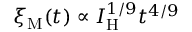
\xi _ { \mathrm { M } } ( t ) \propto I _ { \mathrm { H } } ^ { 1 / 9 } t ^ { 4 / 9 }